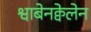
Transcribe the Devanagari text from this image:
श्वाबेनक्वेलेन